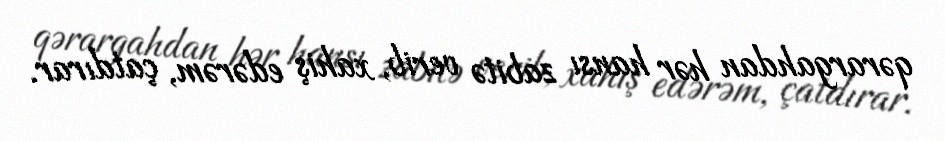
qərargahdan hər hansı zabitə verib, xahiş edərəm, çatdırar.